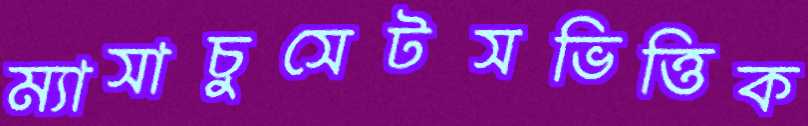
ম্যাসাচুসেটসভিত্তিক